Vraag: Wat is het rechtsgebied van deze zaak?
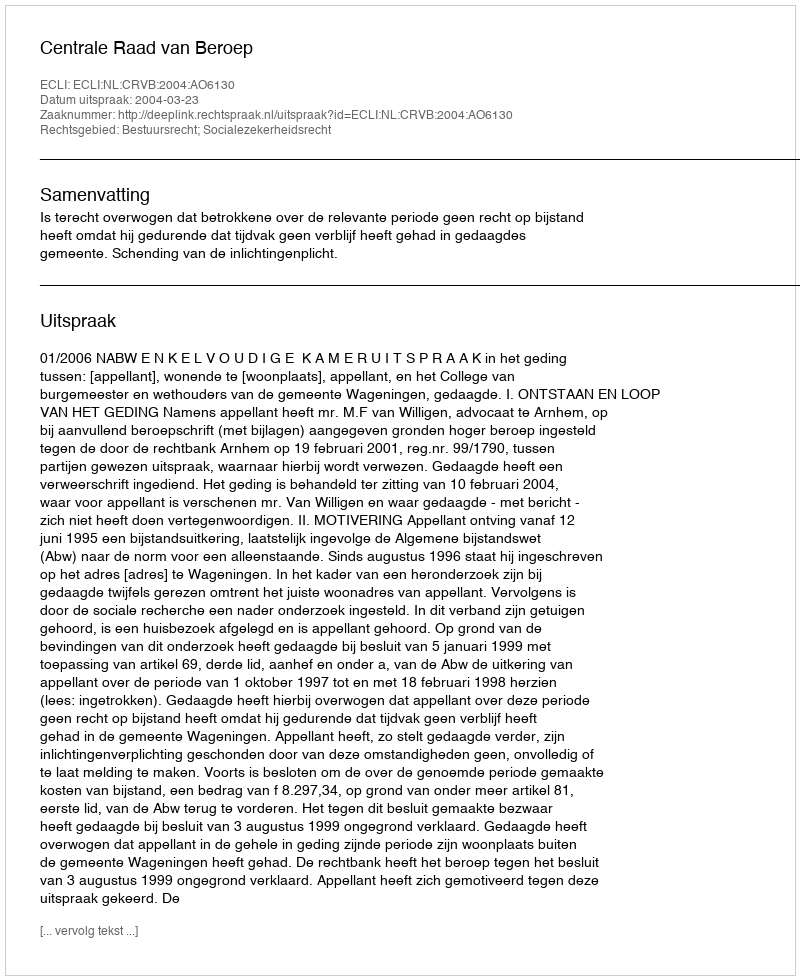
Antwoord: Bestuursrecht; Socialezekerheidsrecht